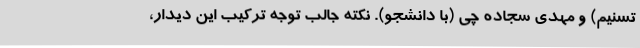
تسنیم) و مهدی سجاده چی (با دانشجو). نکته جالب توجه ترکیب این دیدار،